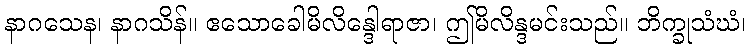
နာဂသေန၊ နာဂသိန်။ ဧသောခေါမိလိန္ဒေါရာဇာ၊ ဤမိလိန္ဒမင်းသည်။ ဘိက္ခုသံဃံ၊